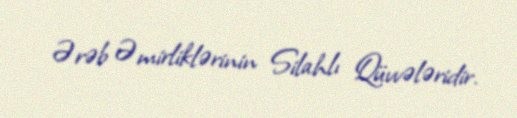
Ərəb Əmirliklərinin Silahlı Qüvvələridir.